Annual report on the health of the army in India
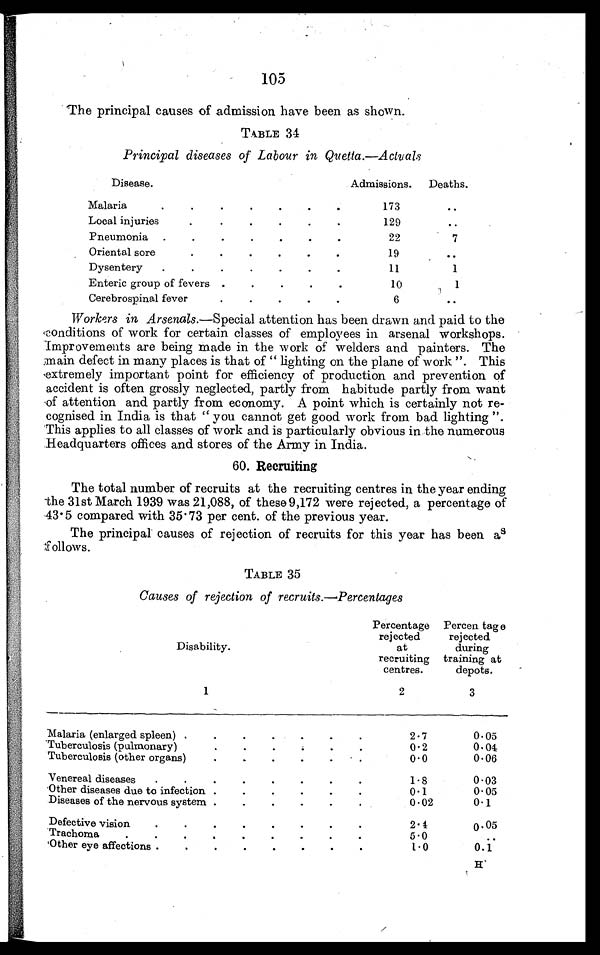
105
The principal causes of admission have been as shown.
TABLE 34
Principal diseases of Labour in Quetta.—Actuals
Disease.
Admissions.
Deaths.
Malaria.
.
.
.
.
.
.
173
..
Local injuries
129
..
Pneumonia .
.
.
.
.
.
.
22
7
Oriental sore
19
..
Dysentery
.
.
.
.
.
.
.
11
1
Enteric group of fevers .
.
.
.
.
10
1
Cerebrospinal fever
6
..
Workers in Arsenals.—Special attention has been drawn and paid to the
conditions of work for certain classes of employees in arsenal workshops.
Improvements are being made in the work of welders and painters. The
main defect in many places is that of " lighting on the plane of work ". This
extremely important point for efficiency of production and prevention of
accident is often grossly neglected, partly from habitude partly from want
of attention and partly from economy. A point which is certainly not re-
cognised in India is that " you cannot get good work from bad lighting ".
'This applies to all classes of work and is particularly obvious in the numerous
Headquarters offices and stores of the Army in India.
60. Recruiting
The total number of recruits at the recruiting centres in the year ending
the 31st March 1939 was 21,088, of these 9,172 were rejected, a percentage of
43 . 5 compared with 35'73 per cent. of the previous year.
The principal causes of rejection of recruits for this year has been as
follows.
TABLE 35
Causes of rejection of recruits.—Percentages
Disability.
1
Percentage
rejected
at
recruiting
centres.
2
Percen tag e
rejected
during
training at
depots.
3
Malaria (enlarged spleen) .
.
.
.
.
.
.
2.7
0.05
Tuberculosis (pulmonary)
0.2
0.04
Tuberculosis (other organs)
.
.
.
.
.
0 0
.
0 06
.
Venereal diseases
.
. .
.
.
.
'
.
1.8
0.03
Other diseases due to infection .
.
.
.
.
.
0.1
0.05
Diseases of the nervous system .
.
.
.
. .
0 02
0 1
Defective vision
. .
.
.
.
.
.
.
2 1
.
0.05
Trachoma
.
. . .
.
.
.
.
5.0
.
Other eye affections .
. .
.
.
.
.
.
1.0
0.1
H